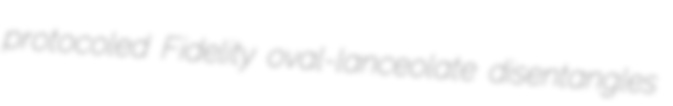
protocoled Fidelity oval-lanceolate disentangles